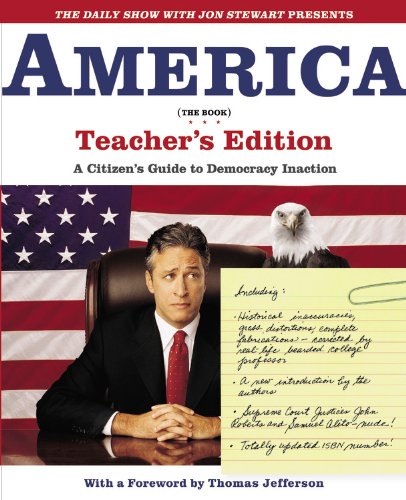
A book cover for The Daily Show with Jon Stewart Presents America (The Book) Teacher's Edition: A Citizen's Guide to Democracy Inaction; Jon Stewart; Humor & Entertainment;